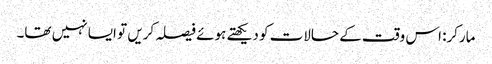
مارکر: اس وقت کے حالات کو دیکھتے ہوئے فیصلہ کریں تو ایسا نہیں تھا۔